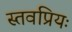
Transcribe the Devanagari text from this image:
स्तवप्रियः